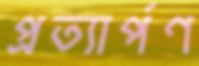
প্রত্যার্পণ